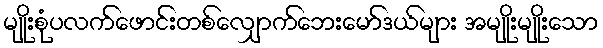
မျိုးစုံပလက်ဖောင်းတစ်လျှောက်ဘေးမော်ဒယ်များ အမျိုးမျိုးသော